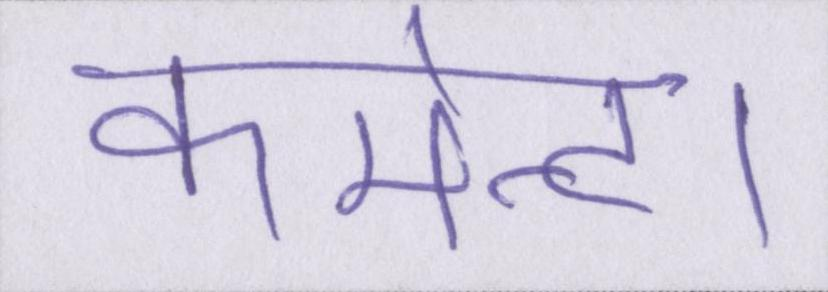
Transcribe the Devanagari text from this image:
कमेन्ट।